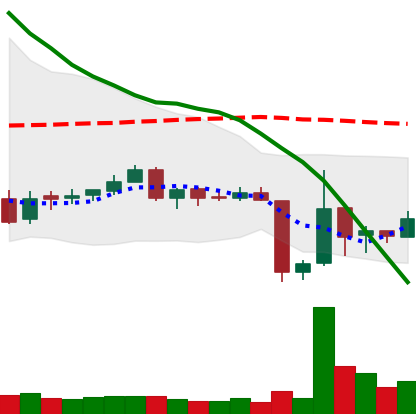
Ticker: ETC-USD
Chart end date: 2018-06-16
Forward return: 21.152%
Label: up_7plus